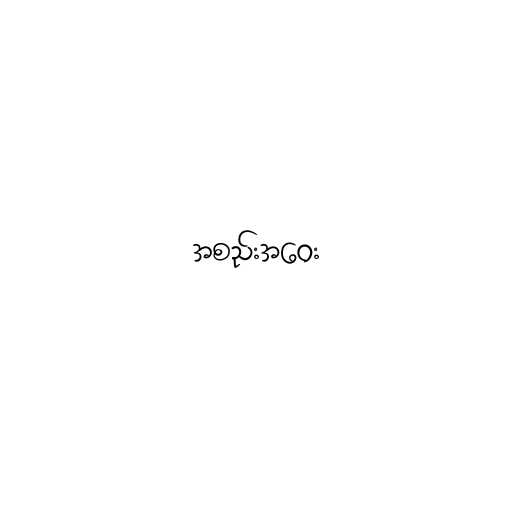
အစည်းအဝေး